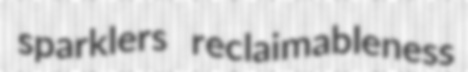
sparklers reclaimableness